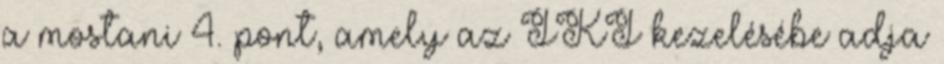
a mostani 4. pont, amely az IKI kezelésébe adja